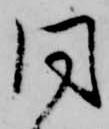
同